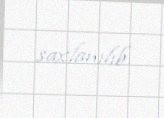
saxlanılıb.